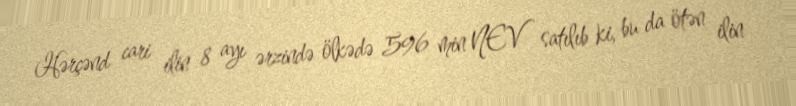
Hərçənd cari ilin 8 ayı ərzində ölkədə 596 min NEV satılıb ki, bu da ötən ilin